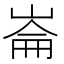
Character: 崙